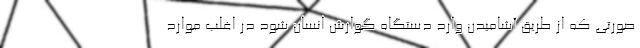
صورتی که از طریق آشامیدن وارد دستگاه گوارش انسان شود در اغلب موارد